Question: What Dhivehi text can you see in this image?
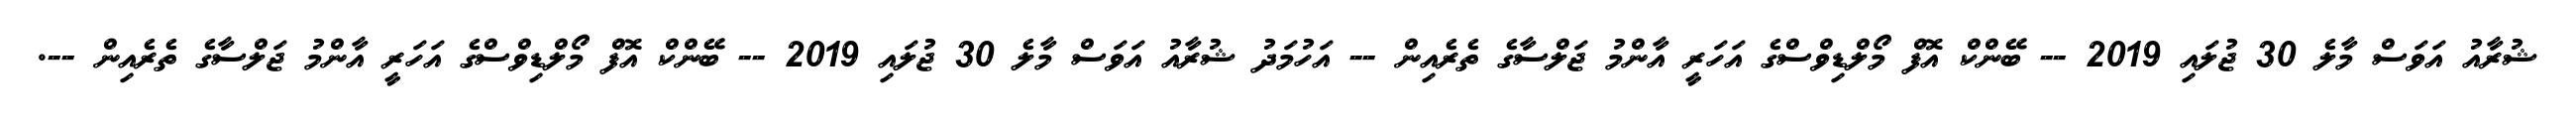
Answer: ޝުރާއު އަވަސް މާލެ 30 ޖުލައި 2019 -- ބޭންކް އޮފް މޯލްޑިވްސްގެ އަހަރީ އާންމު ޖަލްސާގެ ތެރެއިން -- އަހުމަދު ޝުރާއު އަވަސް މާލެ 30 ޖުލައި 2019 -- ބޭންކް އޮފް މޯލްޑިވްސްގެ އަހަރީ އާންމު ޖަލްސާގެ ތެރެއިން --.